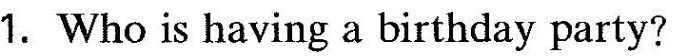
1.Who is having a birthday party?